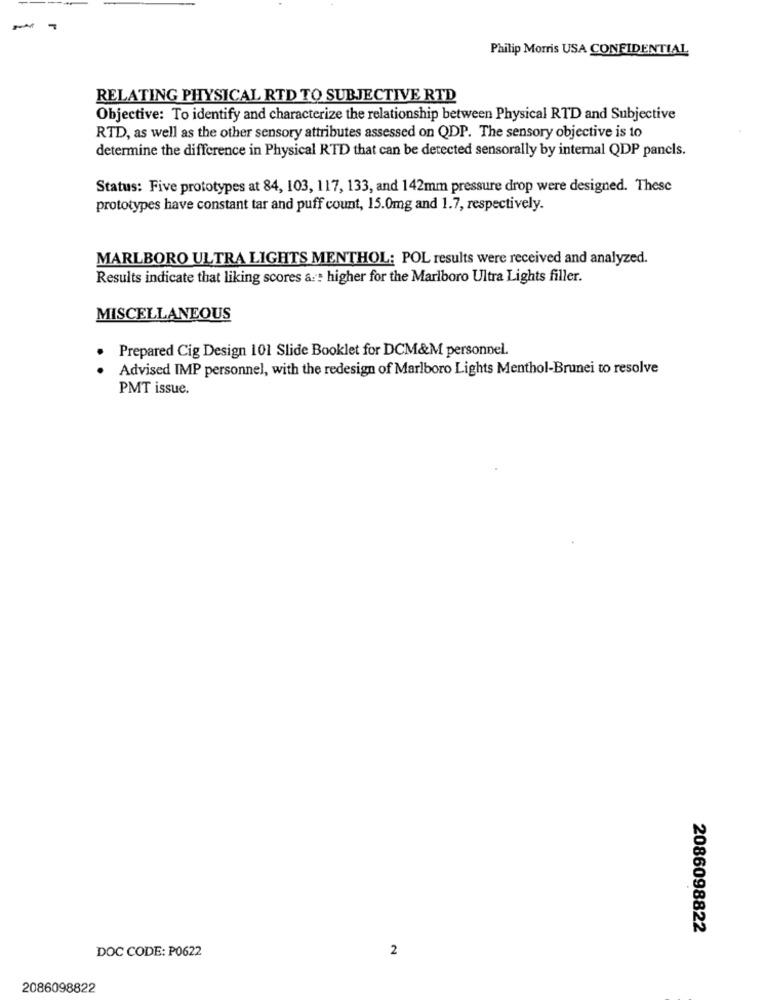
Philip Morris USA CONFIDENTIAL
RELATING PHYSICAL RTD TO SUBJECTIVE RTD
Objective: To identify and characterize the relationship between Physical RTD and Subjective
RTD, as well as the other sensory attributes assessed on QDP. The sensory objective is to
determine the difference in Physical RTD that can be detected sensorally by internal QDP panels.
Status: Five prototypes at 84, 103, 117, 133, and 142mm pressure drop were designed. These
prototypes have constant tar and puff count, 15.0mg and 1.7, respectively.
MARLBORO ULTRA LIGHTS MENTHOL: POL results were received and analyzed.
Results indicate that liking scores a :: higher for the Marlboro Ultra Lights filler.
MISCELLANEOUS
Prepared Cig Design 101 Slide Booklet for DCM&M personnel.
Advised IMP personnel, with the redesign of Marlboro Lights Menthol-Brunei to resolve
PMT issue.
2086098822
DOC CODE: P0622
2
2086098822